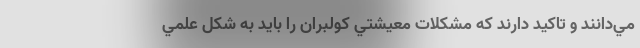
مي‌دانند و تاكيد دارند كه مشكلات معيشتي كولبران را بايد به شكل علمي